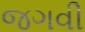
જગવી